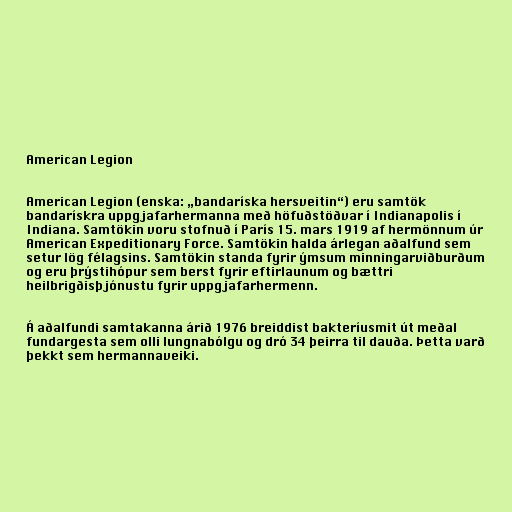
American Legion

American Legion (enska: „bandaríska hersveitin“) eru samtök
bandarískra uppgjafarhermanna með höfuðstöðvar í Indianapolis í
Indiana. Samtökin voru stofnuð í París 15. mars 1919 af hermönnum úr
American Expeditionary Force. Samtökin halda árlegan aðalfund sem
setur lög félagsins. Samtökin standa fyrir ýmsum minningarviðburðum
og eru þrýstihópur sem berst fyrir eftirlaunum og bættri
heilbrigðisþjónustu fyrir uppgjafarhermenn.

Á aðalfundi samtakanna árið 1976 breiddist bakteríusmit út meðal
fundargesta sem olli lungnabólgu og dró 34 þeirra til dauða. Þetta varð
þekkt sem hermannaveiki.